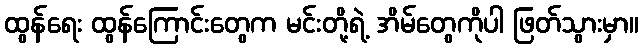
ထွန်ရေး ထွန်ကြောင်းတွေက မင်းတို့ရဲ့ အိမ်တွေကိုပါ ဖြတ်သွားမှာ။